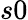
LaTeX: s0